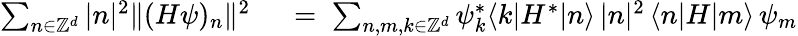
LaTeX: \begin{array}{rl}{\sum_{n\in{\mathbb Z}^{d}}|n|^{2}\| (H\psi)_{n}\| ^{2}}&{{}\; =\; \sum_{n,m,k\in{\mathbb Z}^{d}}\psi_{k}^{*}\langle k|H^{*}|n\rangle\, |n|^{2}\, \langle n|H|m\rangle\, \psi_{m}}\end{array}